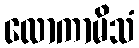
လောကာမိသံ